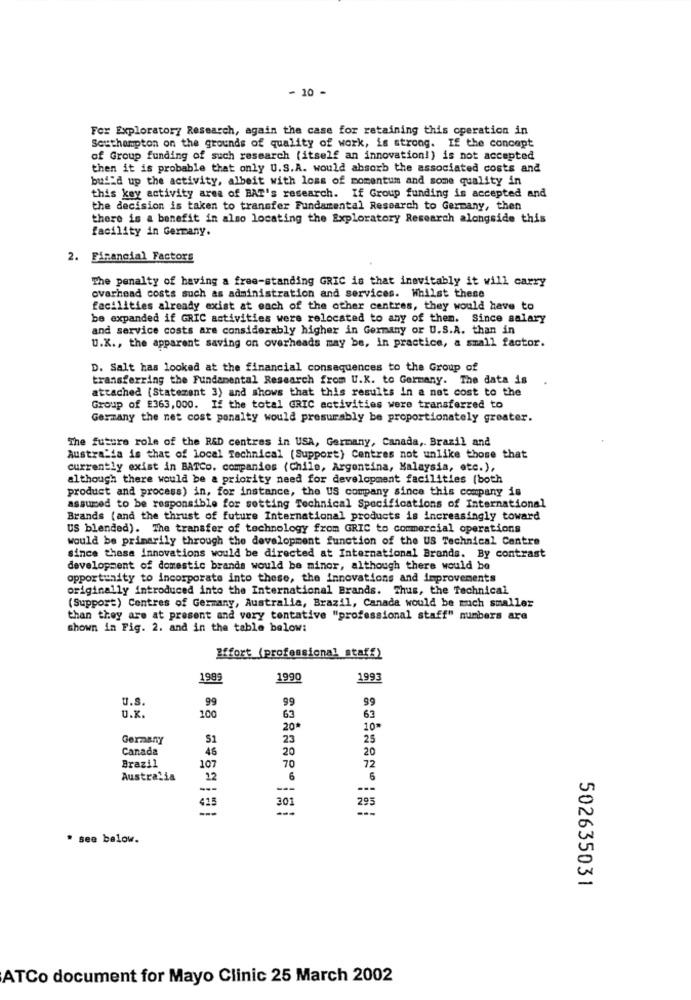
- 10 -
For Exploratory Research, again the case for retaining this operation in
Southampton on the grounds of quality of work, is strong. If the concept
of Group funding of such research (itself an innovation!) is not accepted
then it is probable that only U.S.A. would absorb the associated costs and
build up the activity, albeit with loss of momentum and some quality in
this key activity area of BAT's research. If Group funding is accepted and
the decision is taken to transfer Fundamental Research to Germany, then
there is a benefit in also locating the Exploratory Research alongside this
facility in Germany.
2. Financial Factors
The penalty of having a free-standing GRIC is that inevitably it will carry
overhead costs such as administration and services. Whilst these
facilities already exist at each of the other centres, they would have to
be expanded if GRIC activities were relocated to any of them. Since salary
and service costs are considerably higher in Germany or U.S.A. than in
U.K ., the apparent saving on overheads may be, in practice, a small factor.
D. Salt has looked at the financial consequences to the Group of
transferring the Fundamental Research from U.K. to Germany. The data is
attached (Statement 3) and shows that this results in a net cost to the
Group of £363, 000. If the total GRIC activities were transferred to
Germany the net cost penalty would presurably be proportionately greater.
The future role of the R&D centres in USA, Germany, Canada ,. Brazil and
Australia is that of local Technical (Support) Centres not unlike those that
currently exist in BATCo. companies (Chile, Argentina, Malaysia, etc.),
although there would be a priority need for development facilities (both
product and process) in, for instance, the US company since this company is
assumed to be responsible for setting Technical Specifications of International
Brands (and the thrust of future International products is increasingly toward
US blended). The transfer of technology from GRIC to commercial operations
would be primarily through the development function of the US Technical Centre
since these innovations would be directed at International Brands. By contrast
development of domestic brands would be minor, although there would be
opportunity to incorporate into these, the innovations and improvements
originally introduced into the International Brands. Thus, the Technical
(Support) Centres of Germany, Australia, Brazil, Canada would be much smaller
than they are at present and very tentative "professional staff" numbers are
shown in Fig. 2. and in the table below:
Effort (professional staff)
199
1990
1993
U.S.
99
99
99
U.K.
100
63
63
20*
10*
Germany
51
23
25
Canada
46
20
20
70
Brazil
107
72
Australia
22
6
6
---
---
---
295
415
301
* see below.
502635031
ATCo document for Mayo Clinic 25 March 2002